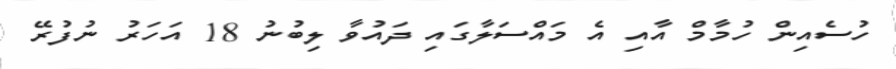
ހުސެއިން ހުމާމް އާއި އެ މައްސަލާގައި ދައުވާ ލިބުުނު 18 އަހަރު ނުފުރޭ